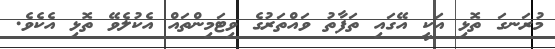
މުރަނގަ ތޮޅި އަކީ އޭގައި ތަފާތު ވައްތަރުގެ ވިޓަމިންތައް އެކުލެވޭ ތޮޅި އެކެވެ.